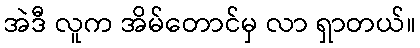
အဲဒီ လူက အိမ်တောင်မှ လာ ရှာတယ်။